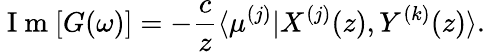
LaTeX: \mathrm{~I~m~}[G(\omega)]=-\frac{c}{z}\langle\mu^{(j)}|X^{(j)}(z),Y^{(k)}(z)\rangle.